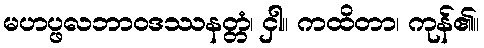
မဟပ္ဖလဘာဝဒဿနတ္တံ၊ ငှါ။ ကထိတာ၊ ကုန်၏။